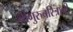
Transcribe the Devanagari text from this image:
श्रीगुरुचरित्राची